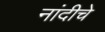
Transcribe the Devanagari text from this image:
नांदीचे